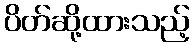
ပိတ်ဆို့ထားသည့်